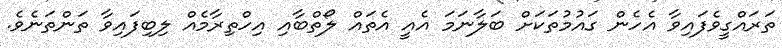
ތަރައްގީވެފައިވާ އެހެން ގައުމުތަކަށް ބަލާނަމަ އެއީ އެތައް ލޯތްބާއި އިހްތިރާމެއް ލިބިފައިވާ ތަންތަނެވެ.